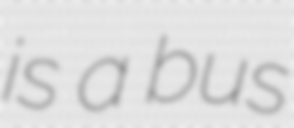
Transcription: is a bus